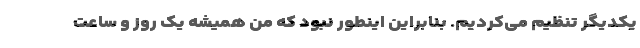
یکدیگر تنظیم می‌کردیم. بنابراین اینطور نبود که من همیشه یک روز و ساعت